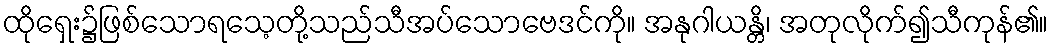
ထိုရှေး၌ဖြစ်သောရသေ့တို့သည်သီအပ်သောဗေဒင်ကို။ အနုဂါယန္တိ၊ အတုလိုက်၍သီကုန်၏။